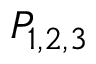
P _ { 1 , 2 , 3 }